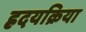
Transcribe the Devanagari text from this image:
ह्रदयक्रिया